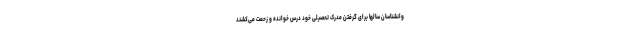
وانشناسان سالها برای گرفتن مدرک تحصیلی خود درس خوانده و زحمت می‌کشند